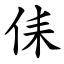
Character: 㑍